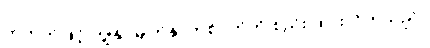
တဘက်ဖြင့် ကျွန်ုပ်မျက်နှာတစ်ဝက်ကို စည်း ထားလိုက်သည်။